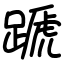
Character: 蹏